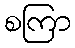
စကြာ